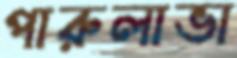
পারুলাভা